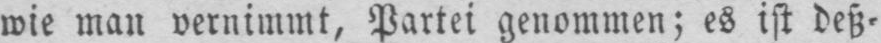
wie man vernimmt, Partei genommen; es ist deß⸗